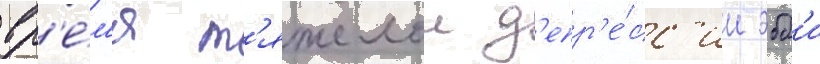
вр'е́м'я т'яжелои д'епр'е́сс'ии эбб'и